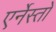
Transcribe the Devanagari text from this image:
एर्नेस्तो